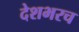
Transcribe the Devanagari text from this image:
देशभरच